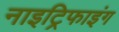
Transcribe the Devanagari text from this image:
नाइट्रिफाइंग